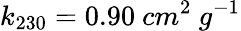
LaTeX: {k_{230}=0.90\ cm^{2}\ g^{-1}}